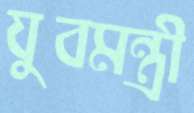
যুবমন্ত্রী